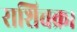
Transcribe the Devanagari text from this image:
राशिचक्र।